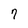
Character: 7